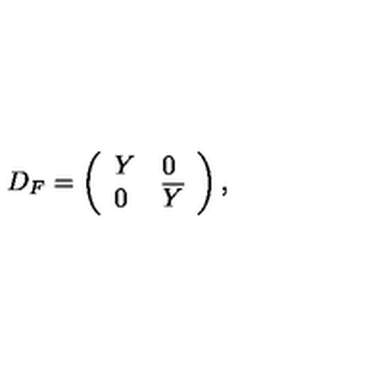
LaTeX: D _ { F } = \left( \begin{array} { l l } { Y } & { 0 } \\ { 0 } & { \overline { { Y } } } \\ \end{array} \right) ,